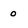
Character: 0